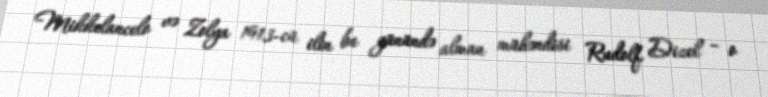
Mikkelancelo və Zolya 1913-cü ilin bu günündə alman mühəndisi Rudolf Dizel – o